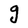
Character: g